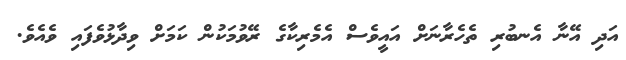
އަދި އޭނާ އެނބުރި ތެހެރާނަށް އައީވެސް އެމެރިކާގެ ރޭވުމަކުން ކަމަށް ވިދާޅުވެފައި ވެއެވެ.